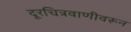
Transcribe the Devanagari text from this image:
दूरचित्रवाणीवरून